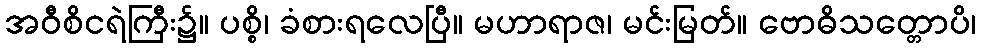
အဝီစိငရဲကြီး၌။ ပစ္စိ၊ ခံစားရလေပြီ။ မဟာရာဇ၊ မင်းမြတ်။ ဗောဓိသတ္တောပိ၊